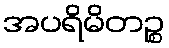
အပရိမိတဉ္စ